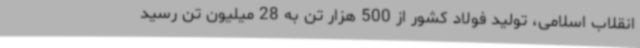
انقلاب اسلامی، تولید فولاد کشور از 500 هزار تن به 28 میلیون تن رسید